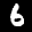
Label: 6